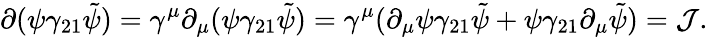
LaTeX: \partial(\psi\gamma_{21}\tilde{\psi})=\gamma^{\mu}\partial_{\mu}(\psi\gamma_{21}\tilde{\psi})=\gamma^{\mu}(\partial_{\mu}\psi\gamma_{21}\tilde{\psi}+\psi\gamma_{21}\partial_{\mu}\tilde{\psi})={\cal J}.